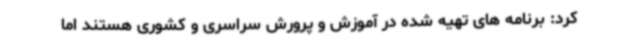
کرد: برنامه های تهیه شده در آموزش و پرورش سراسری و کشوری هستند اما